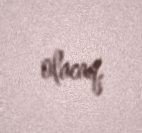
olacaq.